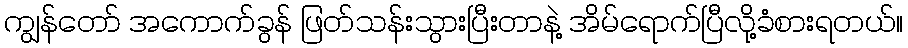
ကျွန်တော် အကောက်ခွန် ဖြတ်သန်းသွားပြီးတာနဲ့ အိမ်ရောက်ပြီလို့ခံစားရတယ်။